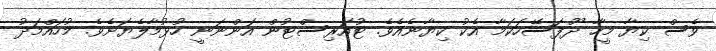
ވެސް ކިޔާ މީހާ ދޫފަސޭހަކަމާ އެކު ކިޔާނެއެވެ. ޓުއަރިސްޓުން އަންނަނީ ހުޅުމާލެޔަށެވެ. މުހައްމަދު